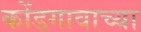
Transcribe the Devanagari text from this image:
कोंडगावाच्या